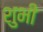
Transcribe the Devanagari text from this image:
शुभी